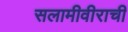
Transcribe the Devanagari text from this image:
सलामीवीराची